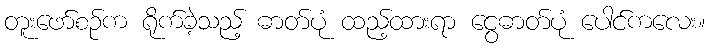
တူးဖော်စဉ်က ရိုက်ခဲ့သည့် ဓာတ်ပုံ ထည့်ထားရာ ငွေဓာတ်ပုံ ပေါင်ကလေး။